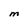
Character: m